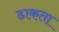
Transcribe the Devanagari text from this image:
डाकता